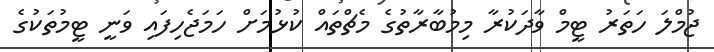
ޖުމްލަ ހަތަރު ޓީމް ވާދަކުރާ މިމުބާރާތުގެ މެޗްތައް ކުޅުމަށް ހަމަޖެހިފައި ވަނީ ޓީމުތަކުގެ